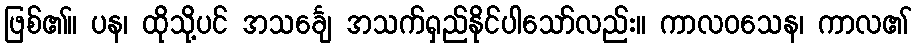
ဖြစ်၏။ ပန၊ ထိုသို့ပင် အသင်္ချေ အသက်ရှည်နိုင်ပါသော်လည်း။ ကာလဝသေန၊ ကာလ၏